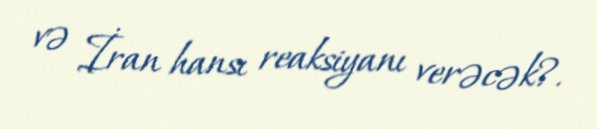
və İran hansı reaksiyanı verəcək?.